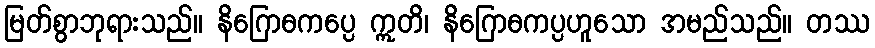
မြတ်စွာဘုရားသည်။ နိဂြောဓကပ္ပေ ဣတိ၊ နိဂြောဓကပ္ပဟူသော အမည်သည်။ တဿ